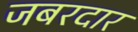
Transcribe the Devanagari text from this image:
जबरदार